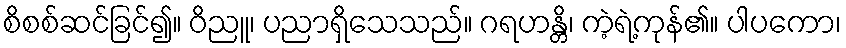
စိစစ်ဆင်ခြင်၍။ ဝိညူ၊ ပညာရှိသေသည်။ ဂရဟန္တိ၊ ကဲ့ရဲ့ကုန်၏။ ပါပကော၊